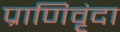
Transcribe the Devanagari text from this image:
प्राणिवृंदा